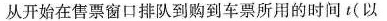
从开始在售票窗口排队到购到车票所用的时间t(以